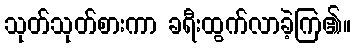
သုတ်သုတ်စားကာ ခရီးထွက်လာခဲ့ကြ၏။